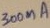
Text: 300mA